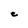
Character: C